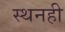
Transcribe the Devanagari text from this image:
स्थनही